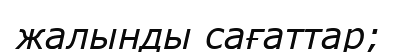
жалынды сағаттар;